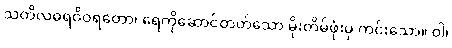
သတိလဓရဝိဝရတော၊ ရေကိုဆောင်တတ်သော မိုးတိမ်ဖုံးမှ ကင်းသော။ ဝါ၊